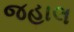
જહાલ